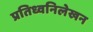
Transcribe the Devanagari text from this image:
प्रतिध्वनिलेखन